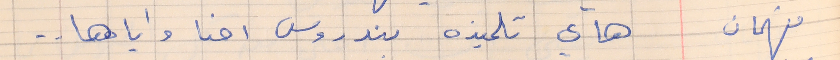
فهمان       هاي تلميذه بندروس احنا واياها . .